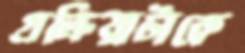
প্রক্রিয়াটাকে